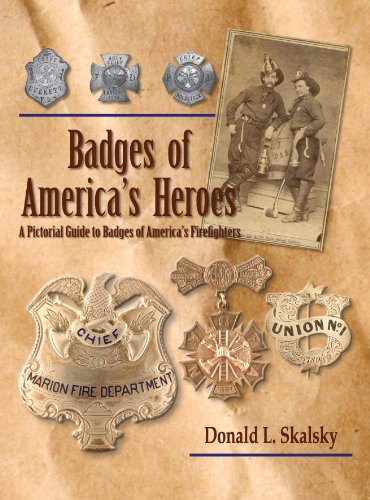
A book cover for Badges of America's Heroes; Donald L. Skalsky; Crafts, Hobbies & Home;